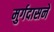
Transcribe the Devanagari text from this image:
मुर्गदासने